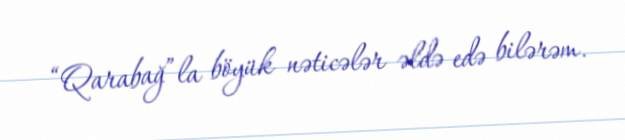
“Qarabağ”la böyük nəticələr əldə edə bilərəm.